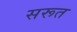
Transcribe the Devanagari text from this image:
सरूत